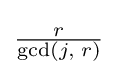
{\textstyle {\frac {r}{\gcd(j,\;r)}}}